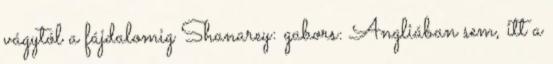
vágytól a fájdalomig Shanarey: gabors: Angliában sem, itt a